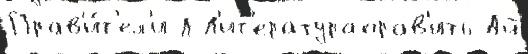
Прав'и́т'ел'и Л Л'ит'ератураправ'ить Ай